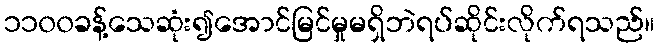
၁၁၀၀ခန့်သေဆုံး၍အောင်မြင်မှုမရှိဘဲရပ်ဆိုင်းလိုက်ရသည်။